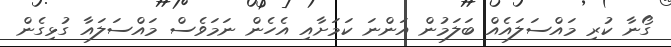
ގޯނާ ކުރި މައްސަލައެއް ބަލަމުން އަންނަ ކަމަށާއި އެހެން ނަމަވެސް މައްސަލައާ ގުޅިގެން